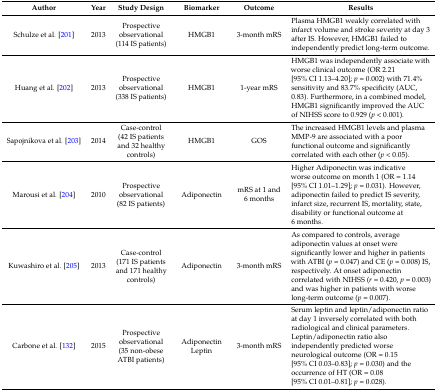
<table><thead><tr><td><b>Author</b></td><td><b>Year</b></td><td><b>Study Design</b></td><td><b>Biomarker</b></td><td><b>Outcome</b></td><td><b>Results</b></td></tr></thead><tbody><tr><td>Schulze et al. [201]</td><td>2013</td><td>Prospective observational (114 IS patients)</td><td>HMGB1</td><td>3-month mRS</td><td>Plasma HMGB1 weakly correlated with infarct volume and stroke severity at day 3 after IS. However, HMGB1 failed to independently predict long-term outcome.</td></tr><tr><td>Huang et al. [202]</td><td>2013</td><td>Prospective observational (338 IS patients)</td><td>HMGB1</td><td>1-year mRS</td><td>HMGB1 was independently associate with worse clinical outcome (OR 2.21 [95% CI 1.13–4.20]; <i>p</i> = 0.002) with 71.4% sensitivity and 83.7% specificity (AUC, 0.83). Furthermore, in a combined model, HMGB1 significantly improved the AUC of NIHSS score to 0.929 (<i>p</i> &lt; 0.001).</td></tr><tr><td>Sapojnikova et al. [203]</td><td>2014</td><td>Case-control (42 IS patients and 32 healthy controls)</td><td>HMGB1</td><td>GOS</td><td>The increased HMGB1 levels and plasma MMP-9 are associated with a poor functional outcome and significantly correlated with each other (<i>p</i> &lt; 0.05).</td></tr><tr><td>Marousi et al. [204]</td><td>2010</td><td>Prospective observational (82 IS patients)</td><td>Adiponectin</td><td>mRS at 1 and 6 months</td><td>Higher Adiponectin was indicative worse outcome on month 1 (OR = 1.14 [95% CI 1.01–1.29]; <i>p</i> = 0.031). However, adiponectin failed to predict IS severity, infarct size, recurrent IS, mortality, state, disability or functional outcome at 6 months.</td></tr><tr><td>Kuwashiro et al. [205]</td><td>2013</td><td>Case-control (171 IS patients and 171 healthy controls)</td><td>Adiponectin</td><td>3-month mRS</td><td>As compared to controls, average adiponectin values at onset were significantly lower and higher in patients with ATBI (<i>p</i> = 0.047) and CE (<i>p</i> = 0.008) IS, respectively. At onset adiponectin correlated with NIHSS (<i>r</i> = 0.420, <i>p</i> = 0.003) and was higher in patients with worse long-term outcome (<i>p</i> = 0.007).</td></tr><tr><td>Carbone et al. [132]</td><td>2015</td><td>Prospective observational (35 non-obese ATBI patients)</td><td>Adiponectin Leptin</td><td>3-month mRS</td><td>Serum leptin and leptin/adiponectin ratio at day 1 inversely correlated with both radiological and clinical parameters. Leptin/adiponectin ratio also independently predicted worse neurological outcome (OR = 0.15 [95% CI 0.03–0.83]; <i>p</i> = 0.030) and the occurrence of HT (OR = 0.08 [95% CI 0.01–0.81]; <i>p</i> = 0.028).</td></tr></tbody></table>